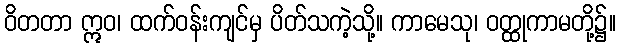
ဝိတတာ ဣဝ၊ ထက်ဝန်းကျင်မှ ပိတ်သကဲ့သို့။ ကာမေသု၊ ဝတ္ထုကာမတို့၌။